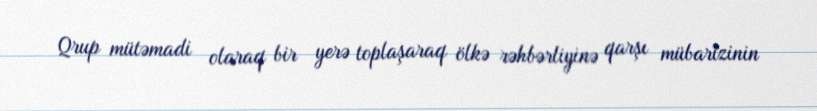
Qrup mütəmadi olaraq bir yerə toplaşaraq ölkə rəhbərliyinə qarşı mübarizinin